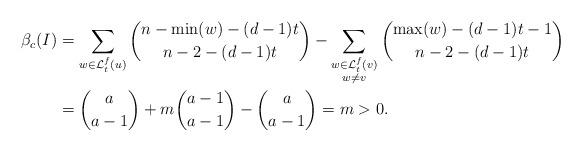
LaTeX: \begin{align*}\beta_{c}(I)&=\sum_{w\in\mathcal{L}_t^f(u)}\binom{n-\min(w)-(d-1)t}{n-2-(d-1)t}-\sum_{\substack{w\in\mathcal{L}_t^f(v)\\ w\ne v}}\binom{\max(w)-(d-1)t-1}{n-2-(d-1)t}\\&=\binom{a}{a-1}+m\binom{a-1}{a-1}-\binom{a}{a-1}=m>0.\end{align*}